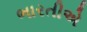
ભારતીએ